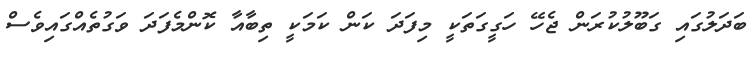
ބަދަލުގައި ގަބޫލުކުރަން ޖެހޭ ހަގީގަތަކީ މިފަދަ ކަން ކަމަކީ ތިބާއާ ކޮންމެފަދަ ވަގުތެއްގައިވެސް